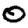
Digit: 0